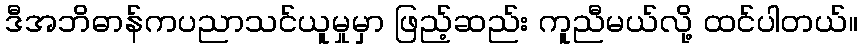
ဒီအဘိဓာန်ကပညာသင်ယူမှုမှာ ဖြည့်ဆည်း ကူညီမယ်လို့ ထင်ပါတယ်။